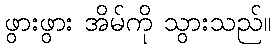
ဖွားဖွား အိမ်ကို သွားသည်။